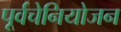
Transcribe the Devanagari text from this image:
पूर्वचेनियोजन